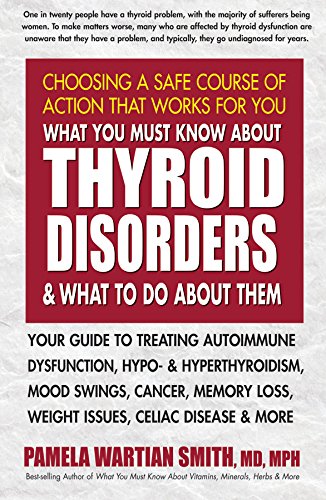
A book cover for What You Must Know About Thyroid Disorders & What To Do About Them: Your Guide to Treating Autoimmune Dysfunction, Hypo- and Hyperthyroidism, Mood ... Loss, Weight Issues, Celiac Disease & More; Pamela Wartian Smith MD; Health, Fitness & Dieting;